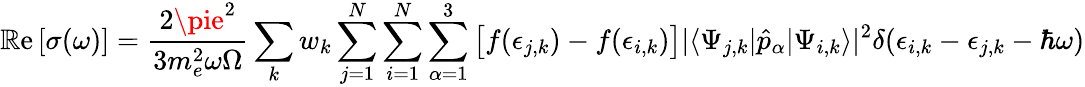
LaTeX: \operatorname{\mathbb{R}e}\left[\sigma(\omega)\right]=\frac{{2\pie^{2}}}{{3m_{e}^{2}\omega\Omega}}\sum_{k}w_{k}\sum_{j=1}^{N}\sum_{i=1}^{N}\sum_{\alpha=1}^{3}\big[f(\epsilon_{j,k})-f(\epsilon_{i,k})\big]|\langle{\Psi_{j,k}|\hat{{p}}_{\alpha}|\Psi_{i,k}}\rangle|^{2}\delta(\epsilon_{i,k}-\epsilon_{j,k}-\hbar\omega)